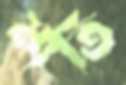
মার্তি